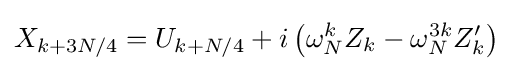
X_{k+3N/4}=U_{k+N/4}+i\left(\omega _{N}^{k}Z_{k}-\omega _{N}^{3k}Z'_{k}\right)